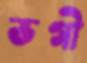
ভগী